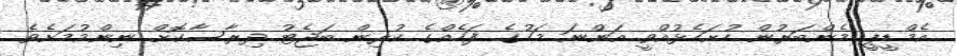
އެމްޑީޕީ މެންބަރުން ހުށަހެޅުއްވީ އަންނަ މަހުގެ ފަހެއްގެ ކުރިން ބަޖެޓު ދިރާސާކޮށް ނިންމުމަށެވެ.